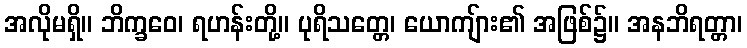
အလိုမရှိ။ ဘိက္ခဝေ၊ ရဟန်းတို့။ ပုရိသတ္တေ၊ ယောကျ်ား၏ အဖြစ်၌။ အနဘိရတ္တာ၊